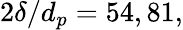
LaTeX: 2\delta/d_{p}=54,81,